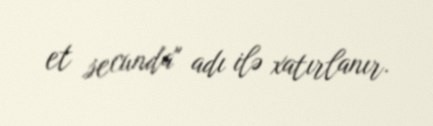
et secunda" adı ilə xatırlanır.